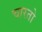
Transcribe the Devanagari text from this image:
चारतो